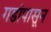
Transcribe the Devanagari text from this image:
गडांपासून